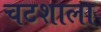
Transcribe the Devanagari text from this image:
चटशाला